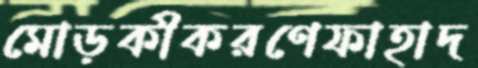
মোড়কীকরণেফাহাদ